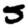
Digit: 5